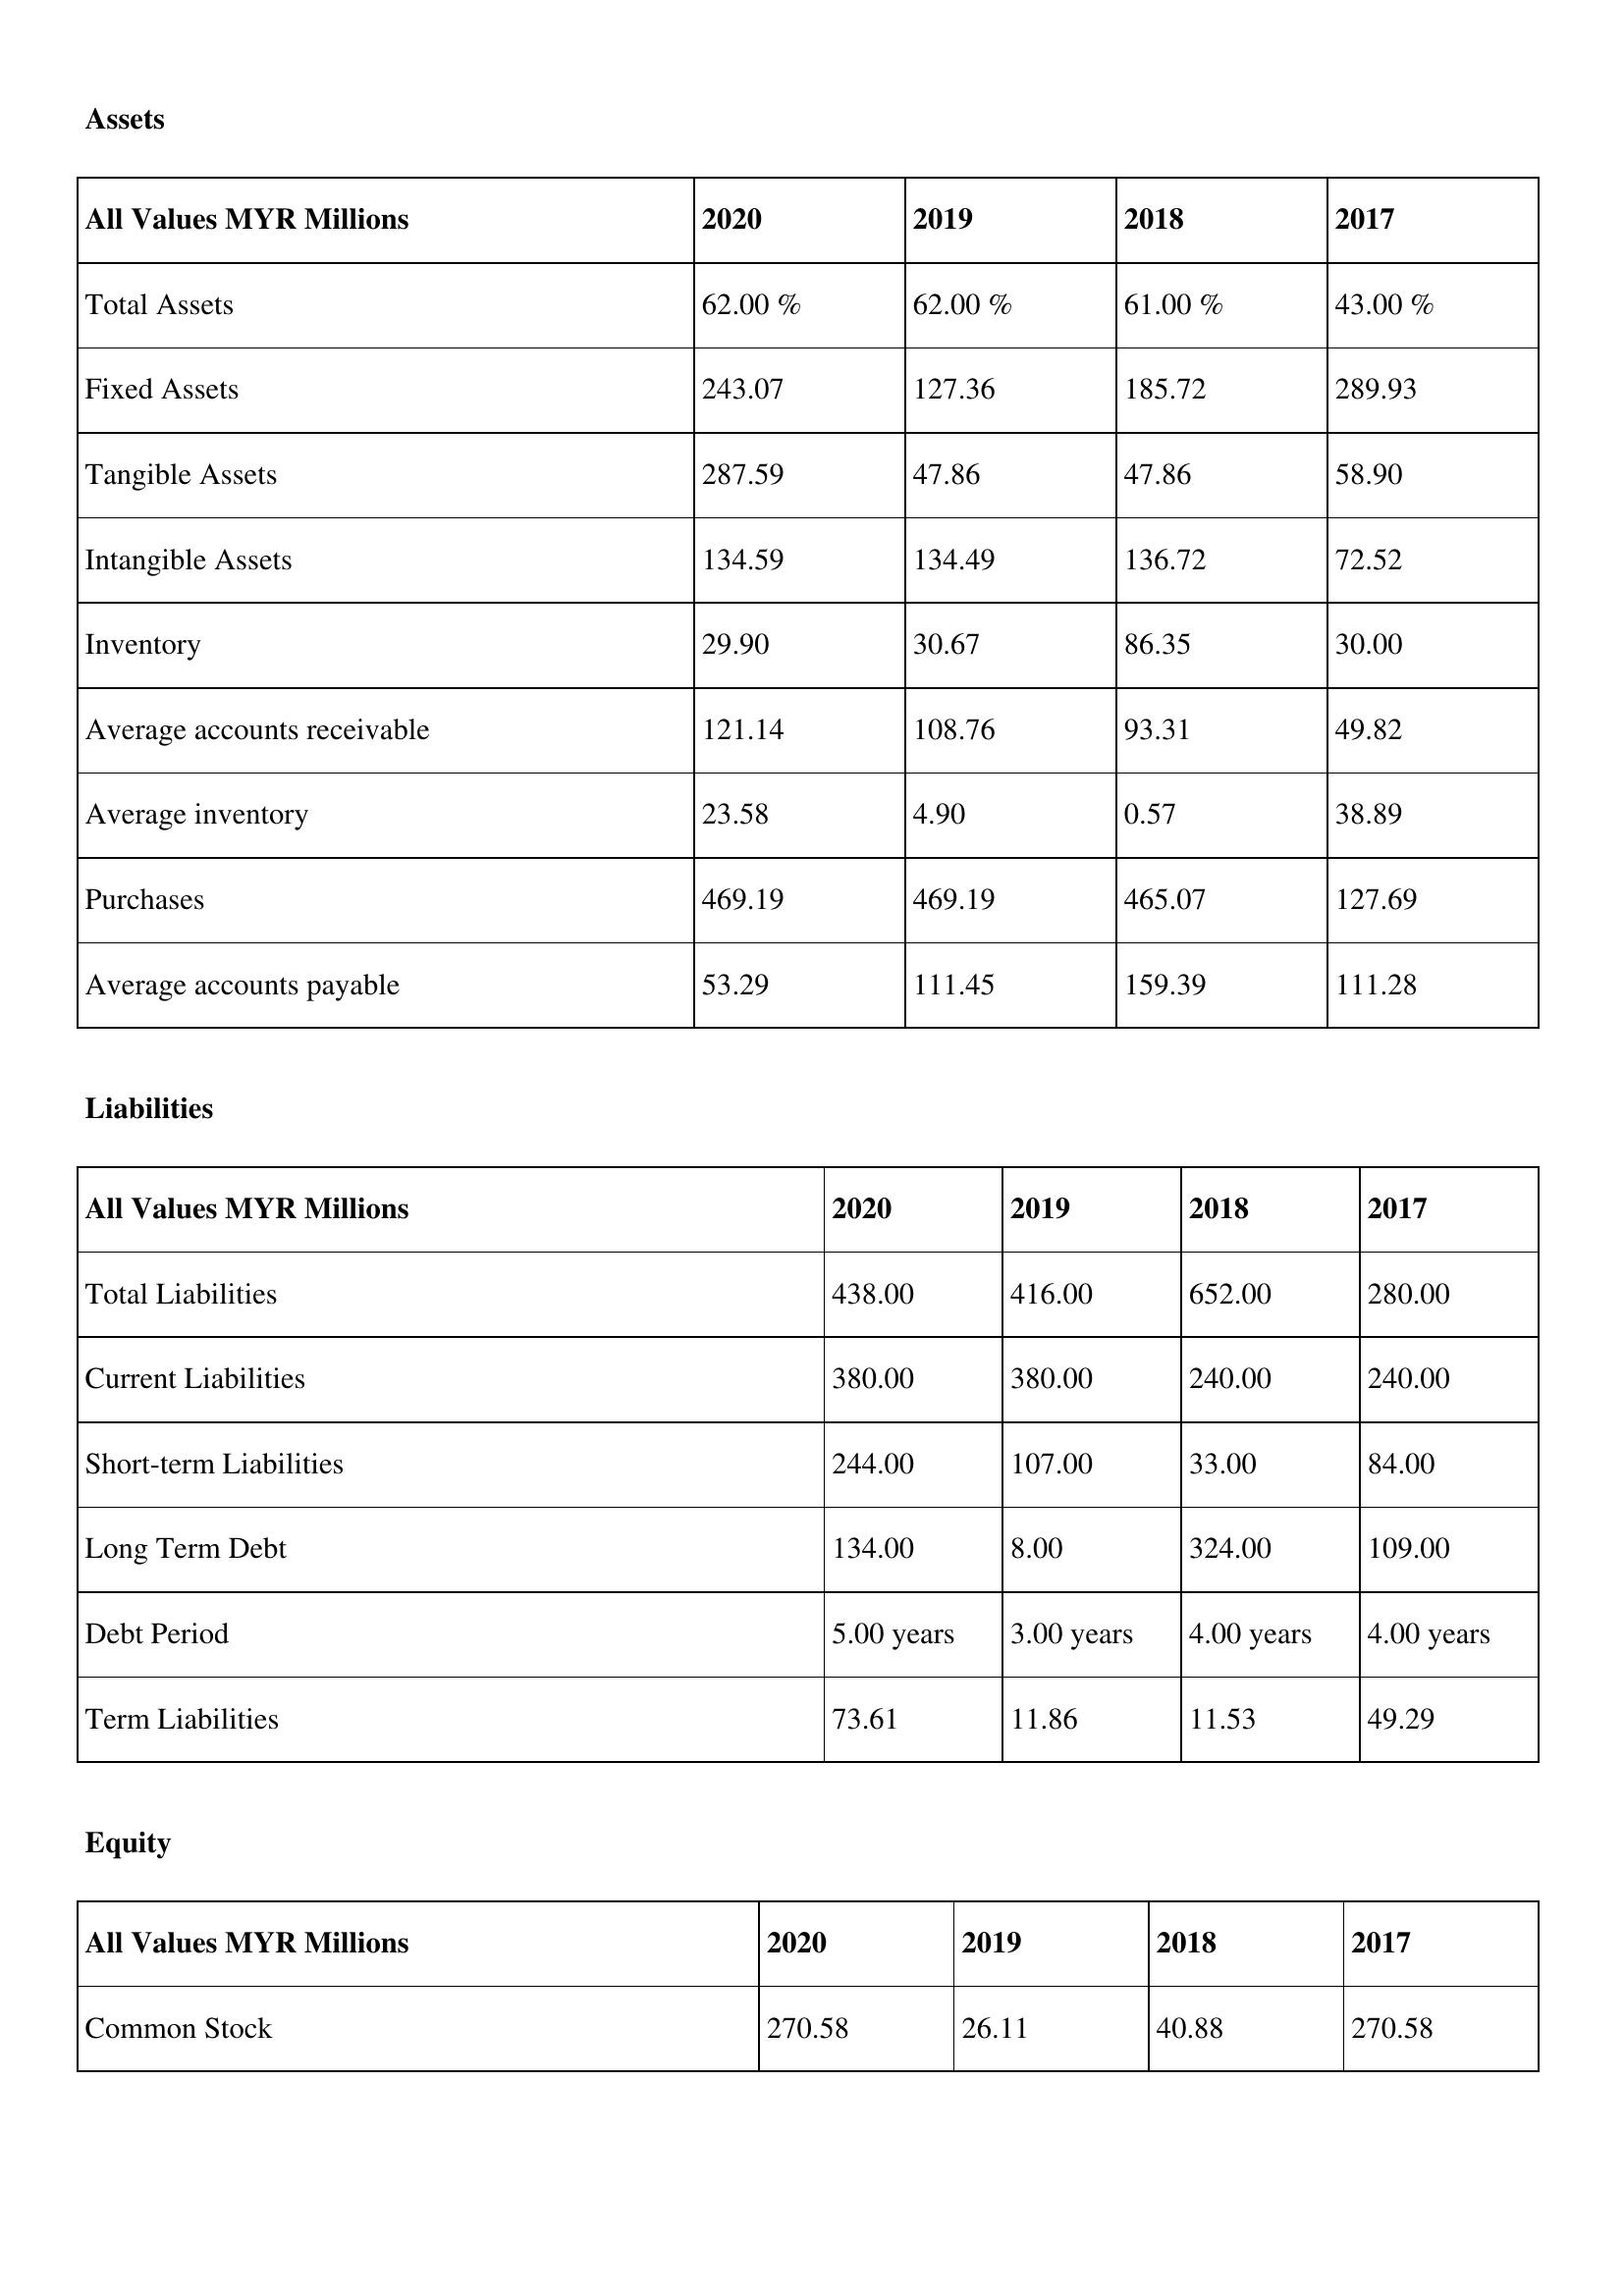
gt_parse: 2020: Assets: Total Assets: 62.00 %
Fixed Assets: 243.07
Tangible Assets: 287.59
Intangible Assets: 134.59
Inventory: 29.90
Average accounts receivable: 121.14
Average inventory: 23.58
Purchases: 469.19
Average accounts payable: 53.29
Liabilities: Total Liabilities: 438.00
Current Liabilities: 380.00
Short-term Liabilities: 244.00
Long Term Debt: 134.00
Debt Period: 5.00 years
Term Liabilities: 73.61
Equity: Common Stock: 270.58
2019: Assets: Total Assets: 62.00 %
Fixed Assets: 127.36
Tangible Assets: 47.86
Intangible Assets: 134.49
Inventory: 30.67
Average accounts receivable: 108.76
Average inventory: 4.90
Purchases: 469.19
Average accounts payable: 111.45
Liabilities: Total Liabilities: 416.00
Current Liabilities: 380.00
Short-term Liabilities: 107.00
Long Term Debt: 8.00
Debt Period: 3.00 years
Term Liabilities: 11.86
Equity: Common Stock: 26.11
2018: Assets: Total Assets: 61.00 %
Fixed Assets: 185.72
Tangible Assets: 47.86
Intangible Assets: 136.72
Inventory: 86.35
Average accounts receivable: 93.31
Average inventory: 0.57
Purchases: 465.07
Average accounts payable: 159.39
Liabilities: Total Liabilities: 652.00
Current Liabilities: 240.00
Short-term Liabilities: 33.00
Long Term Debt: 324.00
Debt Period: 4.00 years
Term Liabilities: 11.53
Equity: Common Stock: 40.88
2017: Assets: Total Assets: 43.00 %
Fixed Assets: 289.93
Tangible Assets: 58.90
Intangible Assets: 72.52
Inventory: 30.00
Average accounts receivable: 49.82
Average inventory: 38.89
Purchases: 127.69
Average accounts payable: 111.28
Liabilities: Total Liabilities: 280.00
Current Liabilities: 240.00
Short-term Liabilities: 84.00
Long Term Debt: 109.00
Debt Period: 4.00 years
Term Liabilities: 49.29
Equity: Common Stock: 270.58